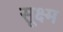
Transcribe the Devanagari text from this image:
सू़क्ष्म